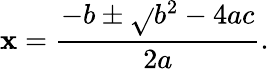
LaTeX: \mathbf{x}={\frac{{-b\pm{\sqrt{}{{b^{2}-4ac}}}}}{{2a}}}.